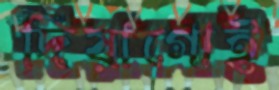
দিয়াগোই